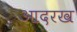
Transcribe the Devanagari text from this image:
आदरख